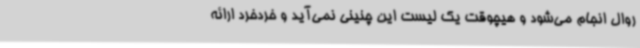
روال انجام می‌شود و هیچوقت یک لیست این چنینی نمی‌آید و خردخرد ارائه